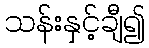
သန်းနှင့်ချီ၍